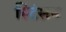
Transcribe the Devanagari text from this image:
स्टिंसन